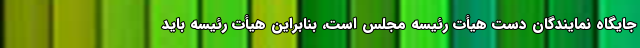
جایگاه نمایندگان دست هیأت رئیسه مجلس است، بنابراین هیأت رئیسه باید